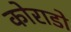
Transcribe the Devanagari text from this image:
कोराडो